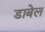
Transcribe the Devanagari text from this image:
डाबेल